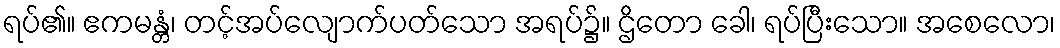
ရပ်၏။ ဧကမန္တံ၊ တင့်အပ်လျောက်ပတ်သော အရပ်၌။ ဌိတော ခေါ၊ ရပ်ပြီးသော။ အစေလော၊